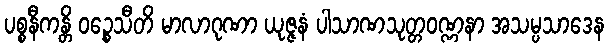
ပစ္စနီကန္တိ ဝဉ္စေသီတိ မာလာဂုဏာ ယုဇ္ဇနံ ပါသာဏသုတ္တဝဏ္ဏနာ အသမ္ပသာဒေန